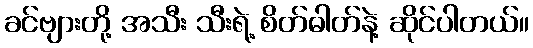
ခင်ဗျားတို့ အသီး သီးရဲ့ စိတ်ဓါတ်နဲ့ ဆိုင်ပါတယ်။